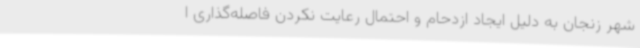
شهر زنجان به دلیل ایجاد ازدحام و احتمال رعایت نکردن فاصله‌گذاری ا